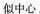
似中心。